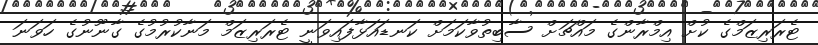
ޓެރަރިޒަމްގެ ކުށް އިމްރާންގެ މައްޗަށް ސާބިތުވާކަމަށް ކަނޑައަޅާފައިވަނީ ޓެރަރިޒަމް މަނާކުރުމުގެ ގާނޫނުގެ ހަވަނަ